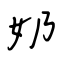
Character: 奶